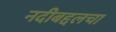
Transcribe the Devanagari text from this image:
नदीबद्दलचा